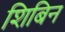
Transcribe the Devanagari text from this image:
शिबिन